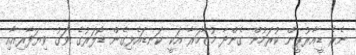
ނެރެ ޑީއާރުޕީން ކުރަމުން ގެންދާ މުޒާހަރާ އަކީ ކަނޑައެޅިގެން ޑޮލަރުގެ ވަގު ވިޔަފާރިއާއި